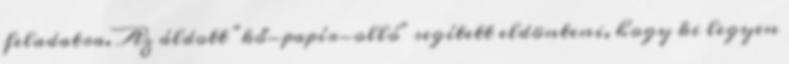
feladatra. Az áldott "kő-papír-olló" segített eldönteni, hogy ki legyen